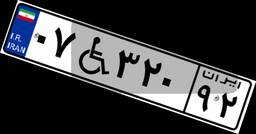
۰۷W۳۲۰۹۲